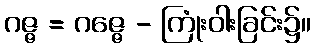
ဂဇ္ဇ = ဂဇ္ဇေ - ကြုံးဝါးခြင်း၌။